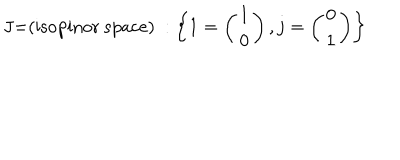
\mathrm { J = ( i s o p i n o r ~ s p a c e ) ~ } : \left\{ 1 = \left( \begin{array} { l } { { 1 } } \\ { { 0 } } \\ \end{array} \right) , j = \left( \begin{array} { l } { { 0 } } \\ { { 1 } } \\ \end{array} \right) \right\}